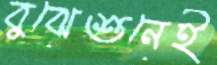
বুঝেশুনেই